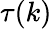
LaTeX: \tau(k)